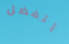
أتفضل